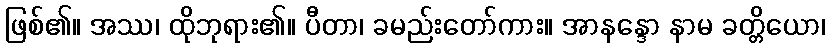
ဖြစ်၏။ အဿ၊ ထိုဘုရား၏။ ပီတာ၊ ခမည်းတော်ကား။ အာနန္ဒော နာမ ခတ္တိယော၊